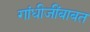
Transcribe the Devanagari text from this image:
गांधीजींबाबत